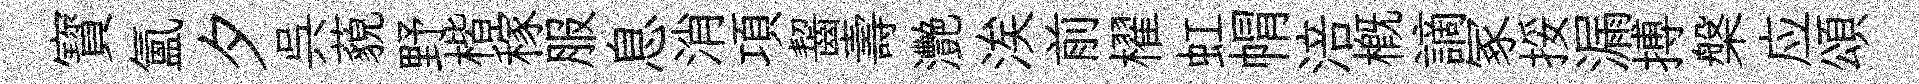
寳氲夕呉藐野楷稼服息消項齧壽灧涘前櫂虹㡌涪槪謫冢挼漏搏槃应頌